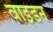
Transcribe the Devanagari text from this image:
वाइडन